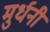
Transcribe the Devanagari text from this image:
मुर्धनी